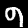
Digit: 9